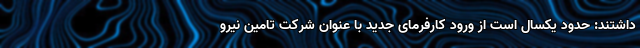
داشتند: حدود یکسال است از ورود کارفرمای جدید با عنوان شرکت تامین نیرو